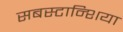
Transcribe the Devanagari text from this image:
सबस्टान्शिया